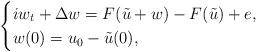
LaTeX: \begin{align*} \begin{cases} iw_t+\Delta w=F(\tilde{u}+w)-F(\tilde{u})+e,\\ w(0)=u_0-\tilde{u}(0), \end{cases} \end{align*}